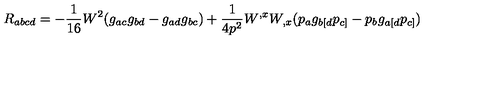
R _ { a b c d } = - \frac { 1 } { 1 6 } W ^ { 2 } ( g _ { a c } g _ { b d } - g _ { a d } g _ { b c } ) + \frac { 1 } { 4 p ^ { 2 } } W ^ { , x } W _ { , x } ( p _ { a } g _ { b [ d } p _ { c ] } - p _ { b } g _ { a [ d } p _ { c ] } )